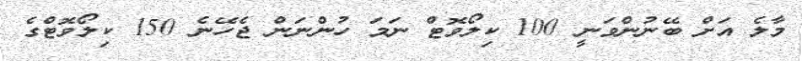
މާލެ އަށް ބޭނުންވަނީ 100 ކިލޯވޮޓް ނަމަ ހުންނަން ޖެހޭނެ 150 ކިލޯވޮޓްގެ